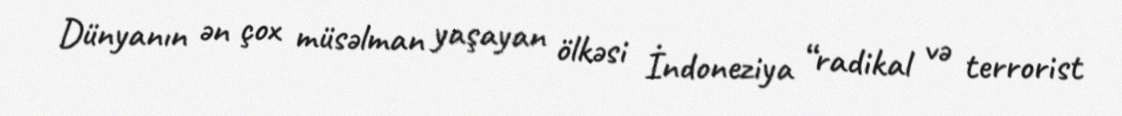
Dünyanın ən çox müsəlman yaşayan ölkəsi İndoneziya “radikal və terrorist